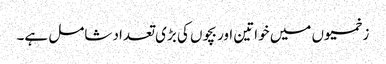
زخمیوں میں خواتین اور بچوں کی بڑی تعداد شامل ہے۔